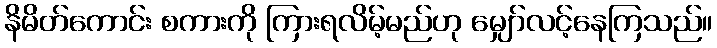
နိမိတ်ကောင်း စကားကို ကြားရလိမ့်မည်ဟု မျှော်လင့်နေကြသည်။